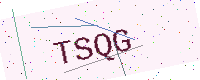
Text: TSQG